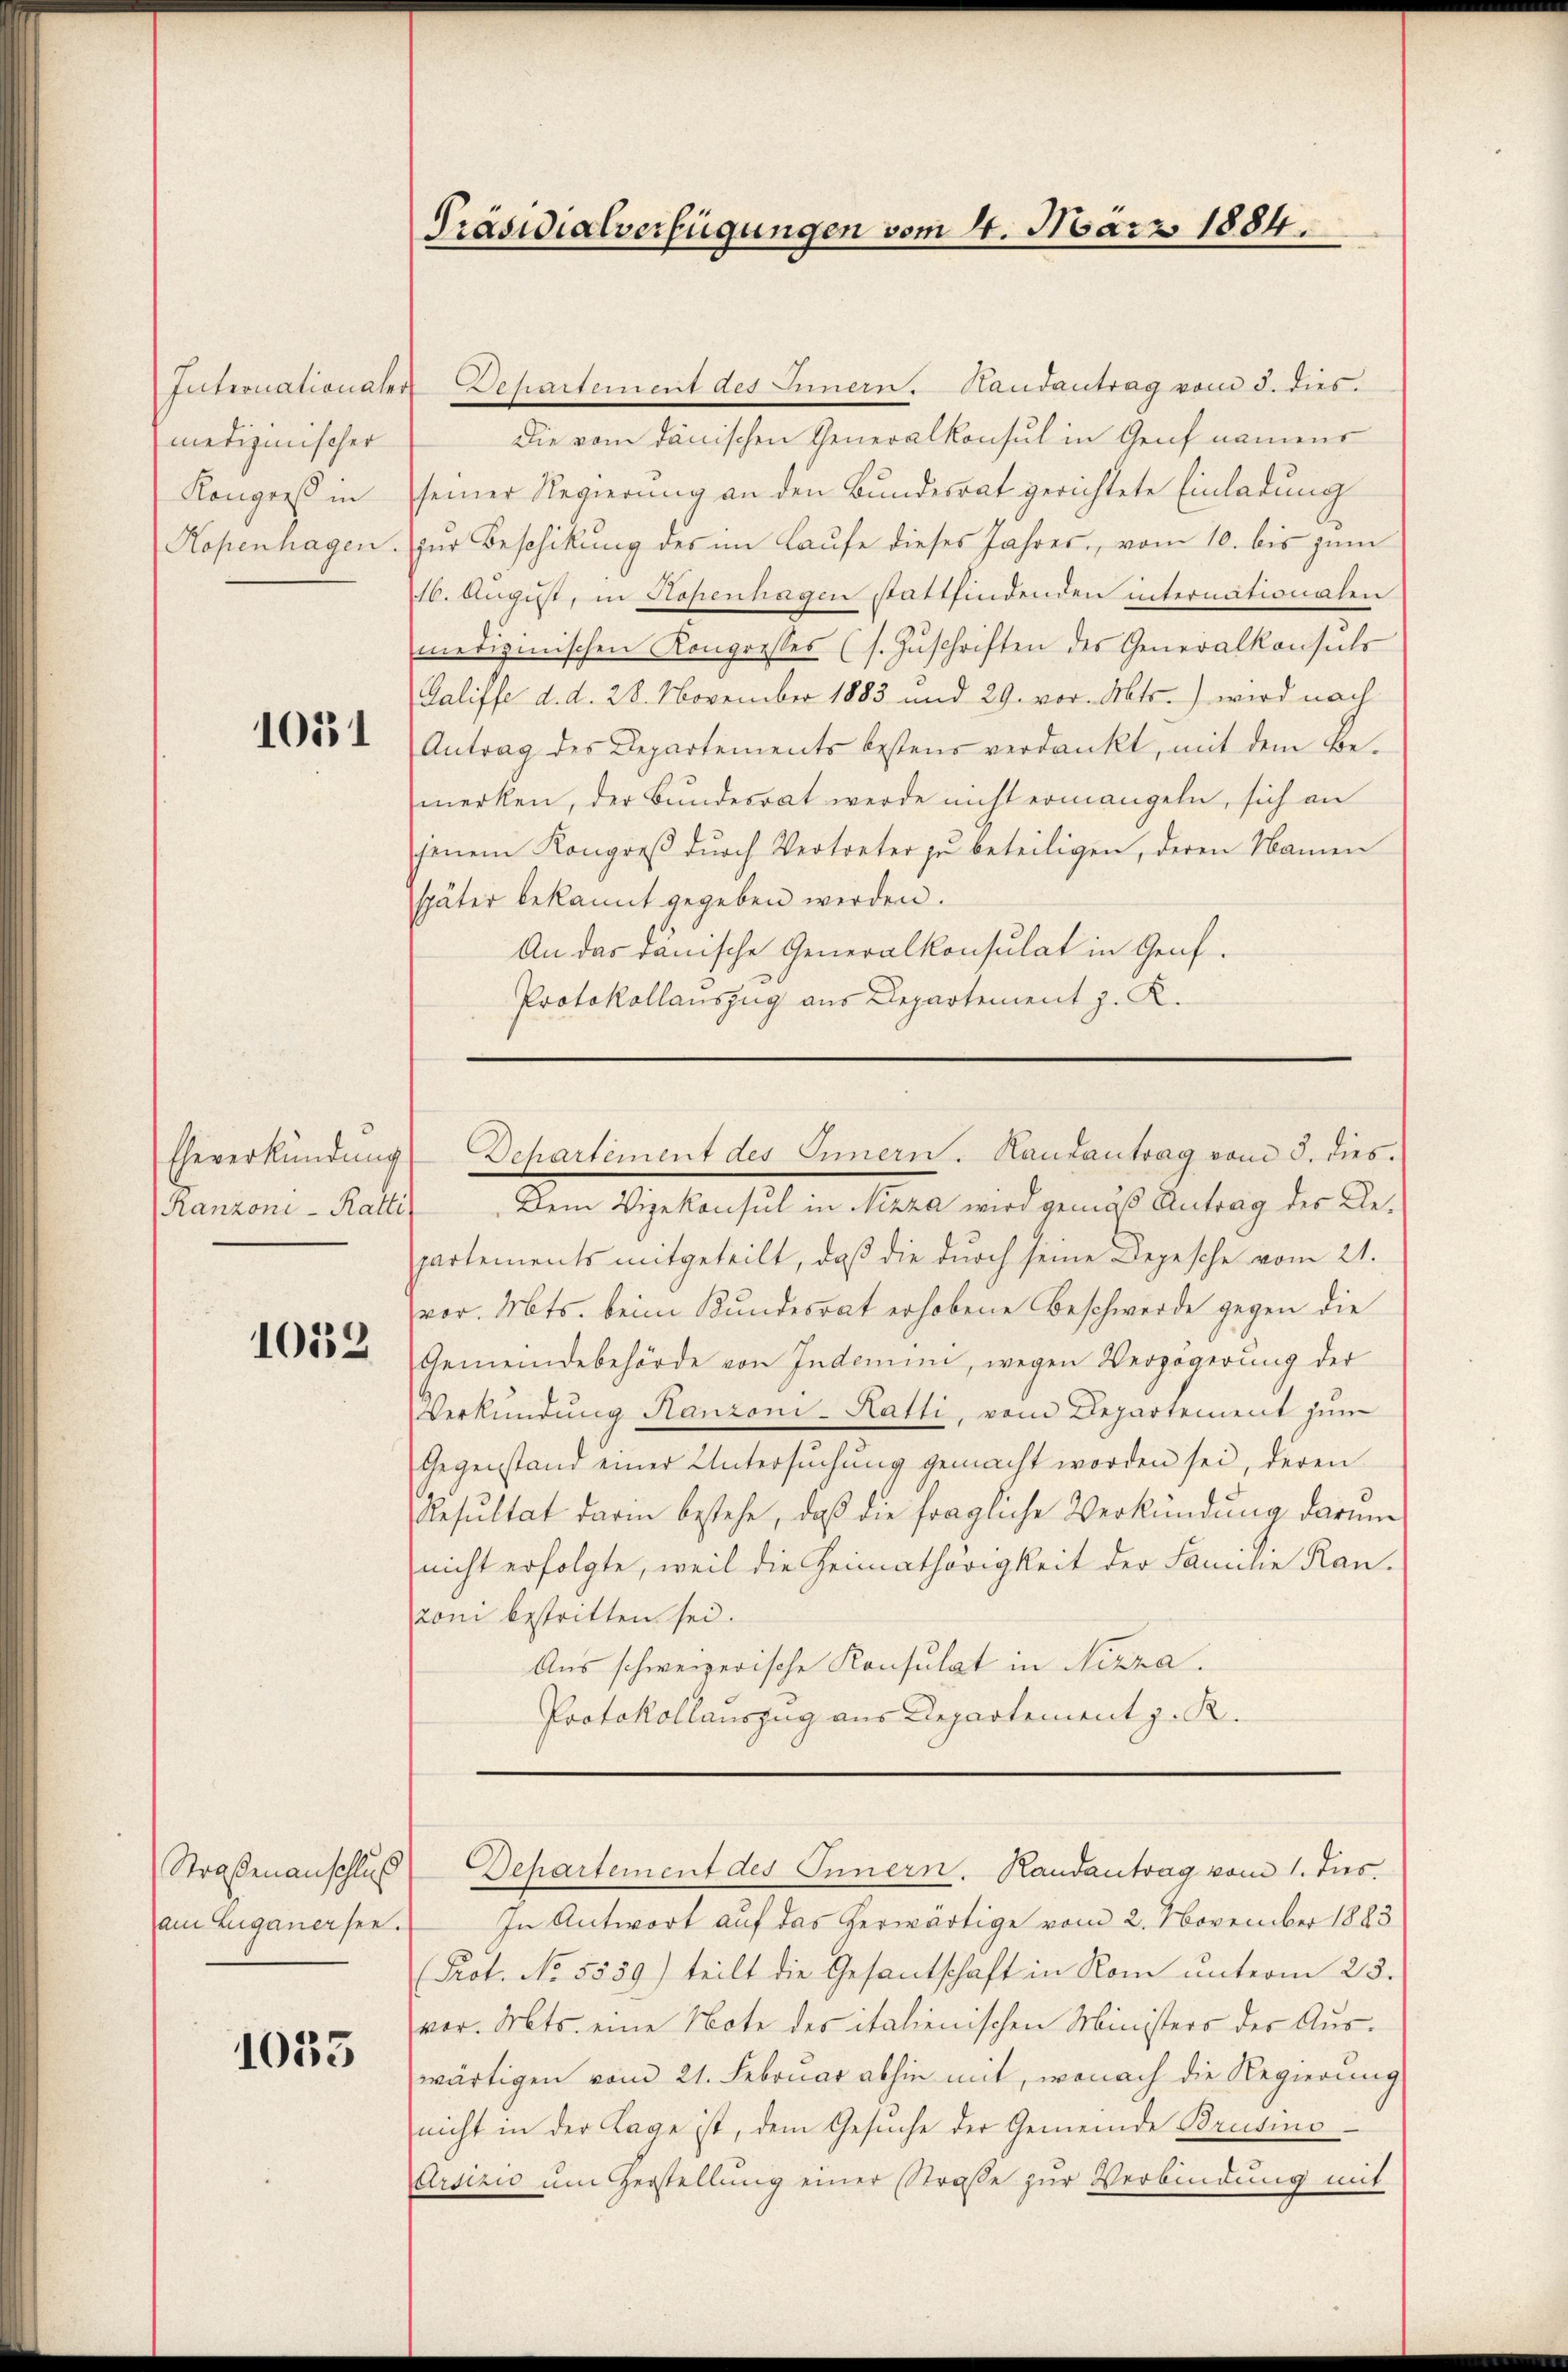
medizinischer
Köngers in

1051

Eheverkündung
(Ranzoni-Ratti

1052

Straßenanschluß
am Zuganersee.

1035

Präsidialverfügungen vom 4. März 1884.

Internationaler Departement des Innern. Handantrag vom 8. dies
Die vom dänischen Generalkonsul in Genf namens
seiner Regierung an den Bundesrat gerichtete Einladung
Kopenhagen. zur Beschikung des im Laufe dieses Jahres, vom 10. bis zum
16. August, in Kopenhagen stattfindenden internationalen
medizinischen Kongresses (s. Zŭschriften des Generalkonsuls
Galiffe d. d. 28. November 1883 und 29. vor. Abts.) wird nach
Antrag des Departements bestens verdankt, mit dem Bemerken, der Bundesrat werde nicht ermangeln, sich an
jenem Kongreβ dŭrch Vertreter zŭ beteiligen, deren Namen
später bekannt gegeben werden.
An das dänische Generalkonsulat in Genf.
Protokollauszug aus Departement J. K.

Departement des Innern. Hautantrag vom 3. dies.

Dem Vizekonsul in Nizza wird gemäß Antrag des Repartements mitgeteilt, daß die durch seine Begesche vom 21.
vor. Mts. beim Kundesrat erhobene Beschwerde gegen die
Gemeindebehörde von Indemin, wegen Verzögerung der
Verkündung Hanzoni-Katti, vom Departement zum
Gegenstand einer Untersuchung gemacht worden sei, deren
Resultat darin bestehe, daß die fragliche Verkündung darum
nicht erfolgte, weil die Heimathörigkeit der Familie Kan-
rom bestritten sei.
Aus schweizerische Konsulat in Nizza.
Protokollauszug aus Departement z. R.

Departement des Innern. Kandantrag vom 1. Jŭs.

In Antwort auf das herwärtige vom 2. November 1883
(Prot. No. 5559) teilt die Gesantschaft in Rom unterm 23.
vor. Mts. eine Note des italienischen Ministers der Auswärtigen vom 21. Februar abhin mit, wonach die Regierung
nicht in der Lage ist, dem Gesŭche der Gemeinde Brusio
Arsizio um Herstellung einer Straße zur Verbindung mit